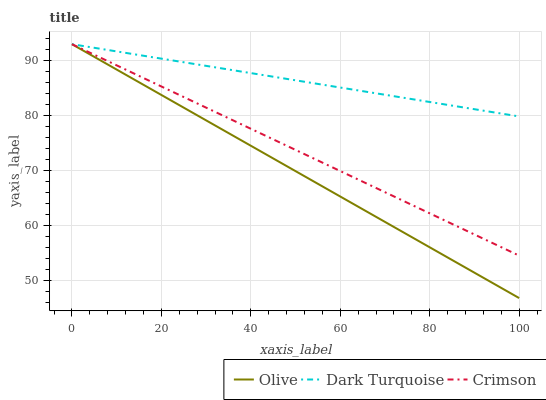
| xaxis_label | Olive | Dark Turquoise | Crimson |
 | --- | --- | --- | --- |
 | 0 | 93 | 93 | 93 |
 | 11.1 | 87.9 | 91.5 | 88.7 |
 | 22.2 | 82.7 | 90.1 | 84.4 |
 | 33.3 | 77.6 | 88.6 | 80.2 |
 | 44.4 | 72.4 | 87.1 | 75.9 |
 | 55.6 | 67.3 | 85.7 | 71.6 |
 | 66.7 | 62.2 | 84.2 | 67.3 |
 | 77.8 | 57 | 82.8 | 63 |
 | 88.9 | 51.9 | 81.3 | 58.8 |
 | 100 | 46.7 | 79.8 | 54.5 |